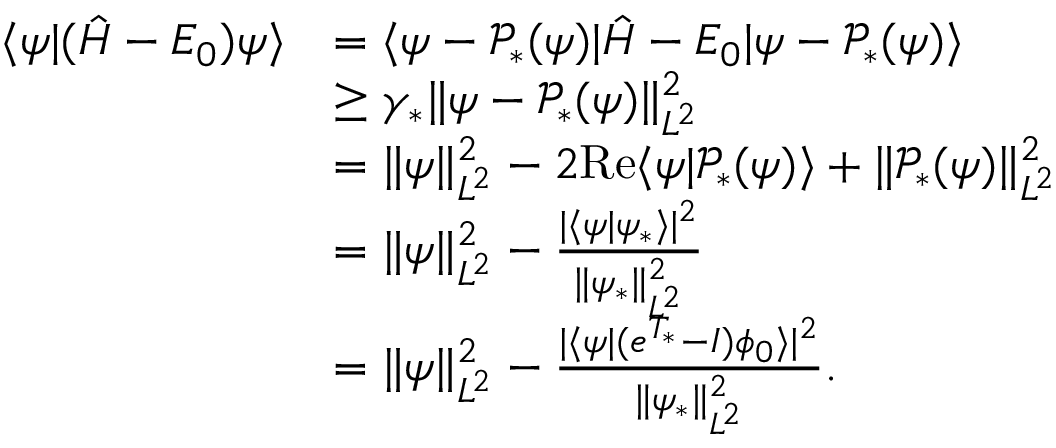
\begin{array} { r l } { \langle \psi | ( \hat { H } - E _ { 0 } ) \psi \rangle } & { = \langle \psi - \mathcal { P } _ { * } ( \psi ) | \hat { H } - E _ { 0 } | \psi - \mathcal { P } _ { * } ( \psi ) \rangle } \\ & { \geq \gamma _ { * } \Vert \psi - \mathcal { P } _ { * } ( \psi ) \Vert _ { L ^ { 2 } } ^ { 2 } } \\ & { = \Vert \psi \Vert _ { L ^ { 2 } } ^ { 2 } - 2 \mathrm { R e } \langle \psi | \mathcal { P } _ { * } ( \psi ) \rangle + \Vert \mathcal { P } _ { * } ( \psi ) \Vert _ { L ^ { 2 } } ^ { 2 } } \\ & { = \Vert \psi \Vert _ { L ^ { 2 } } ^ { 2 } - \frac { \vert \langle \psi | \psi _ { * } \rangle \vert ^ { 2 } } { \Vert \psi _ { * } \Vert _ { L ^ { 2 } } ^ { 2 } } } \\ & { = \Vert \psi \Vert _ { L ^ { 2 } } ^ { 2 } - \frac { \vert \langle \psi | ( e ^ { T _ { * } } - I ) \phi _ { 0 } \rangle \vert ^ { 2 } } { \Vert \psi _ { * } \Vert _ { L ^ { 2 } } ^ { 2 } } . } \end{array}